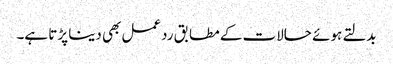
بدلتے ہوئے حالات کے مطابق ردعمل بھی دینا پڑتا ہے۔